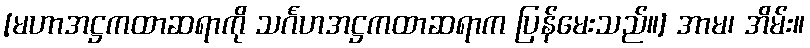
[မဟာအဋ္ဌကထာဆရာကို သင်္ဂဟအဋ္ဌကထာဆရာက ပြန်မေးသည်။] အာမ၊ အိမ်း။